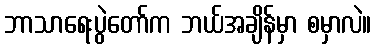
ဘာသာရေးပွဲတော်က ဘယ်အချိန်မှာ စမှာလဲ။